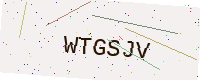
Text: WTGSJV